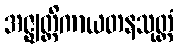
အဇ္ဈတ္တိကာယတနသုတ္တံ